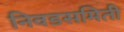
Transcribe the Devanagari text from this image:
निवडसमिती